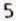
5